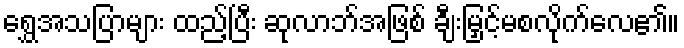
ရွှေအသပြာများ ထည့်ပြီး ဆုလာဘ်အဖြစ် ချီးမြှင့်မစလိုက်လေ၏။